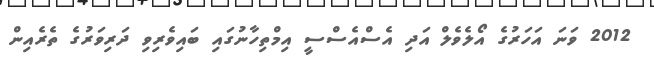
2012 ވަނަ އަހަރުގެ އޯލެވެލް އަދި އެސްއެސްސީ އިމްތިހާނުގައި ބައިވެރިވި ދަރިވަރުގެ ތެރެއިން